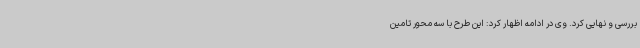
بررسی و نهایی کرد. وی در ادامه اظهار کرد: این طرح با سه محور تامین